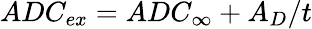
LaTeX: ADC_{ex}=ADC_{\infty}+A_{D}/t